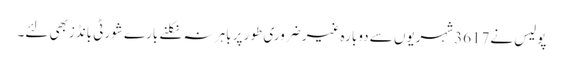
پولیس نے3617شہریوں سے دوبارہ غیر ضروری طور پر باہر نہ نکلنے بارے شورٹی بانڈزبھی لئے۔